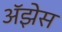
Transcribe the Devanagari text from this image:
अॅझेस